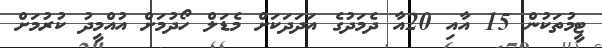
ޓީމުތަކުން 15 އާއި 20އާ ދެމަދުގެ އަދަދަކަށް މެޑަލް ހޯދުމަށް އުއްމީދު ކުރުމަށް